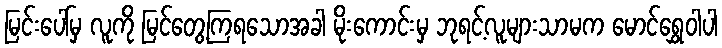
မြင်းပေါ်မှ လူကို မြင်တွေ့ကြရသောအခါ မိုးကောင်းမှ ဘုရင့်လူများသာမက မောင်ရွှေဝါပါ